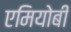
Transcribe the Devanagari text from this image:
एमियोबी